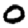
Digit: 0